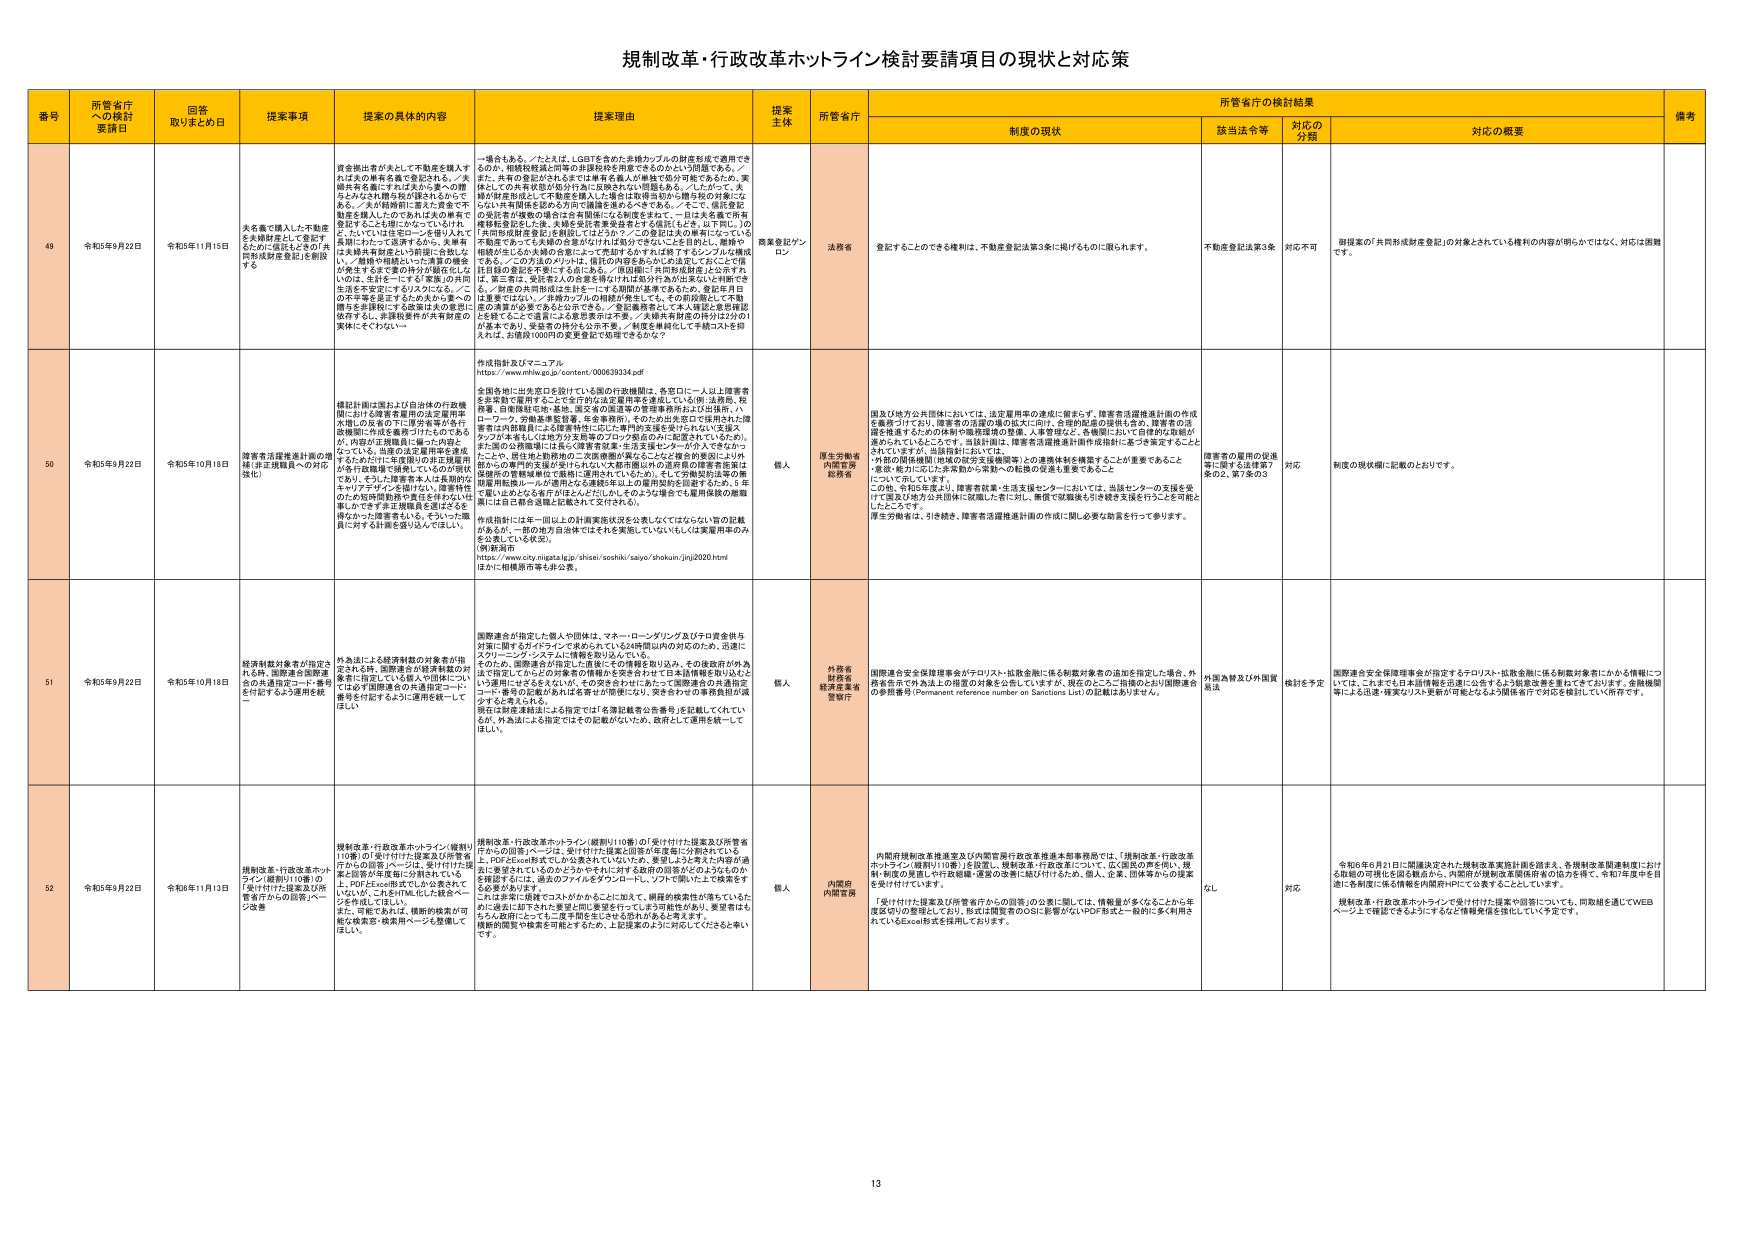
規制改革・行政改革ホットライン検討要請項目の現状と対策

番号 所管省庁への検討要請日 回答取りまとめ日 提案事項 提案の具体的内容 提案理由 提案主体 所管省庁 所管省庁の検討結果 備考
制度の現状 該当法令等 対応の分類 対応の概要

49 令和5年9月22日 令和5年11月15日 火名義で購入した不動産を夫婦財産として登記するかにの意見とその共有財産形成登記」を創設する 資産損出者が名入して不動産を購入すれば夫の単名名義で登記される。／夫婦共有名義にするには夫と妻への贈与となる2社贈与登記後されるのである。／夫が債務前に妻と2名で不動産を購入したのであれば夫の単有で登記することも理にかなっているけれど、たいていは住宅ローンを借り入れて夫婦にわたって返済するから、夫単有は夫婦共有財産という前提に合致しない。／「離婚や相続といった清算の機会が発生するまで妻の分が確実にとらえの、生計を一にする「家族」の共同生活を不安定にするリスクになる。／この不平等を是正するため夫から妻への贈与を直接行う必要は夫の意思に依存するし、実務的要件が共有財産の実体にそぐわない。 一場合もある。／たとえば、LGBTを含めた多様なカップルが財産形成で適用できるのか、相続税軽減と同等の非課税枠を用意できるのかという問題である。／また、共有の登記がされるとでは単有名義人の単独で処分可能であるため、実務上での共有財産の処分行為に支障はないと思える。／したがって、夫婦が財産形成として不動産を購入した場合は取得当初から贈与税の対象にならない共有関係を定める方向で制度整備がるべきである。／そこで、信用販売の受託者が複数の場合には有関係になる制度を示せと、一日は火名義で所有権移転登記した後、夫婦を受託者兼受益者とする登記も含む。以下同じ。1の「共同財産形成登記」を創設してはどうか？／この登記は夫の単独にされている不動産であっても夫婦の合意がなければ処分できないことを目的とし、離婚や相続が生じるか夫妻の合意によって売却するかすれば終了するシンプルな制度である。／この方法のメリットは、信託の内容をあらかじめ決定しておくことで信託目的の変更を不要にする点にある。／住居関係に共同財産関係」は公示され、第三者は、受託者2人の合意を得なければ処分行為が出来ないという利点である。／財産の共同形成は生計を一にする期間が基準であるため、登記年月日は重要ではない。／多様なカップルの相続対象として、その初段階として不動産の清算が必要であると公示できる。／登記義務者として本人確認と登記確認を要することご注意による意思表示は不要。／夫婦共有財産の持分は2分の1が基本であり、受益者の持分も公示不要。／制度を構築して手続コストを抑えられ、お国様100円の実質登記で処理できるかな？ 商業登記ブンロン 法務省 登記することのできる権利は、不動産登記法第3条に掲げるものに限られます。 不動産登記法第3条 対応不可 御提案の「共同財産形成登記」の対象とされている権利の内容が明らかではなく、対応は困難です。

50 令和5年9月22日 令和5年10月18日 障害者活躍推進計画の増補（非正規職員への対応強化） 標記計画は国および自治体の行政機関における障害者雇用の法定雇用率未達の反省をの「障害者等の有効就職に作用を発揮づけたものであるが、内定の正規職員に偏った内容となっている。当該の法定雇用率を達成するためだけに非正規の非正規雇用が多行動職場で活発しているのが現状であり、そうした障害者本人は長期的なキャリアデザインを想定ない、障害特性のため短時間勤務や雇用を終えたい仕事しかできず非正規職員を志すことを得なかった障害者も多い。そういった職員に対する対策を盛り込んでほしい。 全国各地に出来差出を設けている国の行政機関は、各窓口に一人以上障害者を多角的に雇用することで先行的な法定雇用率を達成している間・法務局、税務署、自動車税局等。また、国公営の国営電力管理事業所および出張所、八ローグー、労働基準監督署、年金事務所、そのほか法規定で採用された障害者共済組合員による障害特性に応じた専門的支援を受けたたいと支援。 そのような考えをもとに地方公共団体のプログラムの点から記載されているが、それらの正規職員には多大な障害者雇用支援センターが介入しておらず、これにより、既存地と勤務地の二次医療圏の異なることなど複合的要因により外勤からの専門的支援が受けられない大都市部以外の障害者の障害者施策は現場の管理事務所で直接的・選択されている。また、その勤務時間の悪質雇用転換ルールが適用される連続5年以上の雇用契約を回避するため、5年で職し出されるを先行方法としたい。しかしそのような場合でも雇用保険の施報責任に自己都合退職と記載されて交付される。 外成指針には年一回以上の計画実施状況を公表しなくてはならない旨の記載があるが、一部の地方自治体ではそれを実施していないもしくは実施用事のみを公表している状況。 （新潟県河岸 https://www.city.niigata.lg.jp/shosei/soshiki/saiyo/shokunin/jinj2020.html ほかに相模原市等も挙がる。 個人 厚生労働省内閣官房防衛省 国及び地方公共団体においては、法定雇用率の達成に留まらず、障害者活躍推進計画の作成を義務づけており、障害者の活躍の場の拡大に向け、合理的配慮の提供も含め、障害者の活躍を推進するための体制や職務環境の整備、人事管理など、各機関において自律的な取組が進められている。そこで、当該計画は、障害者活躍推進計画作成指針に基づき策定することとされていますが、当該指針においては、・外部の関係機関（地域の障害支援機関等）との連携体制を構築することが重要であること・意欲・能力に応じた非実勤から常勤への転換の促進も重要であることについて示しています。 これ等、各知事を通じ、障害者就業・生活支援センターにおいては、当該センターの支援を受けて国及び地方公共団体に就職した者に対し、無償で就職後も引き続き支援を行うことを可能としたいところです。 厚生労働省は、引き続き、障害者活躍推進計画の作成に関し必要な助言を行って参ります。 障害者の雇用の促進等に関する法律第7条の2、第7条の3 対応 制度の現状欄に記載のとおりです。

51 令和5年9月22日 令和5年10月18日 経済制裁対象者が指定される時、国際連合決議関連の共通指定コード番号を付記するよう運用を統一 外為法による経済制裁の対象者が指定される時、国際連合が経済制裁の対象者に指定している個人や団体について、は必ず国際連合の共通指定コード番号を付記するように運用を統一してほしい。 国際連合が指定した個人や団体は、マネーローニング及びテロ資金供与対策に関するガイドラインで求められている24時間以内の対応のため、迅速にスクリーニングシステムに情報を取り込んでいる。 そのため、国際連合が指定した情報とその情報を取り込み、その後政府が外為法で指定してからどの対象者の情報かを突き合わせて日本法律情報を取り込むという運用にはするなえない。その突き合わせによって国際連合の共通指定コード番号の記載があれば各番号が照準になり、突き合わせの事務負担が減省すると考えられる。 現在は財産凍結法による指定では「名簿記載者公告番号」を記載してい て、外為法による指定ではその記載がないため、政府として運用を統一してほしい。 個人 外務省財務省経済産業省警察庁 国際連合安全保障理事会がテロリスト・拡散金融に係る制裁対象者の追加を指定した場合、外務省在外公館は、外為法上の措置の対象者を公表していますが、現在のところ、指摘のとおり国際連合の参照番号（Permanent reference number on Sanctions List）の記載はありません。 外国為替及び外国貿易法 検討を予定 国際連合安全保障理事会が指定するテロリスト・拡散金融に係る制裁対象者にかかる情報については、これまでも日本語情報を迅速に公表するよう関連部署を重ねてきています。金融機関等による迅速・確実なリスト更新が可能となるよう関係省庁で対応を検討してい所存です。

52 令和5年9月22日 令和6年11月13日 規制改革・行政改革ホットライン（規制リ10番）の「受け付けた提案及び所管省庁からの回答」ページ、受け付けた提案の回答を「受け付けた提案及び所管省庁からの回答」ページ改善 規制改革・行政改革ホットライン（規制リ10番）の「受け付けた提案及び所管省庁からの回答」ページは、受け付けた提案と回答が年度毎に分割されている上、PDFとExcel形式でしか公表されていないため、希望により今までの内容が通覧し回答が年度毎に分割されている。 また、PDFとExcel形式でしか公表されていないが、これもHTML化した観点ページを用意してほしい。 また、可能であれば、個別の検索が可能な検索窓・検索用ページを整備してほしい。 規制改革・行政改革ホットライン（規制リ10番）の「受け付けた提案及び所管省庁からの回答」ページは、受け付けた提案と回答が年度毎に分割されている上、PDFとExcel形式でしか公表されていないため、希望により今までの内容が通覧し希望されているのかどうかやそれに対する政府の回答がどのようにあるかを確認するには、過去のファイルをダウンロードし、ソフトで開いた上で検索をする必要があり、不便です。 これに非常に規模でコストがかかることに加えて、情報の検索性が落ちているため、過去に届け出た提案も同じ要望を行っても非可能性があり、要望をはちらん政府にとっても二度手間を生じさせる恐れがあると考えます。 個別の閲覧や検索を可能とするため、上記提案のように対応してくださるかいです。 個人 内閣府内閣官房 内閣府規制改革推進室及び内閣官房行政改革推進本部事務局では、「規制改革・行政改革ホットライン（規制リ10番）」を設置し、規制改革・行政改革について、広く国民の声を伺い、規制・制度の見直しや行政機関・運営の改善に結び付けるため、個人、企業、団体等からの提案を受け付けています。 「受け付けた提案及び所管省庁からの回答」の公表に関しては、情報量が多くなることから年度区分の整理としており、形式は閲覧者のOSに影響がないPDF形式と一般的に多く利用されているExcel形式を採用しております。 なし 対応 令和6年6月21日に閣議決定された規制改革実施計画を踏まえ、各規制改革関連制度における取組の可視化を図る観点から、内閣府が規制改革関連所管の協力を得て、令和7年度中を目途に各制度に係る情報を内閣府HPにて公表することとしています。 規制改革・行政改革ホットラインで受け付けた提案や回答についても、同様を進めてWEBページ上で確認できるようにするなど情報発信を強化してい予定です。

13